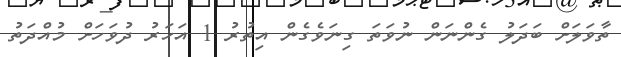
ތާވަލަށް ބަދަލު ގެންނަން ނުވަތަ ގިނަވެގެން އިތުރު 1 އަހަރު ދުވަހަށް މުއްދަތު